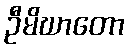
ဦမိဃာတော